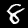
Label: 8